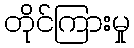
တိုင်ကြားမှု